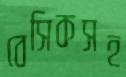
বেসিকসহ